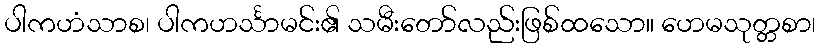
ပါကဟံသာစ၊ ပါကဟင်္သာမင်း၏ သမီးတော်လည်းဖြစ်ထသော။ ဟေမသုတ္တစာ၊